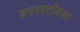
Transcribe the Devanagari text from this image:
वनस्पतीबाबत